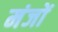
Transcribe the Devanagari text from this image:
मंजों